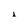
Character: i